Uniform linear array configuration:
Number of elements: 48
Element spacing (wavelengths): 1
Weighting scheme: hamming
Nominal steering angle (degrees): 15
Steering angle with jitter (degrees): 16.766
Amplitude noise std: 0.05
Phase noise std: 0.05

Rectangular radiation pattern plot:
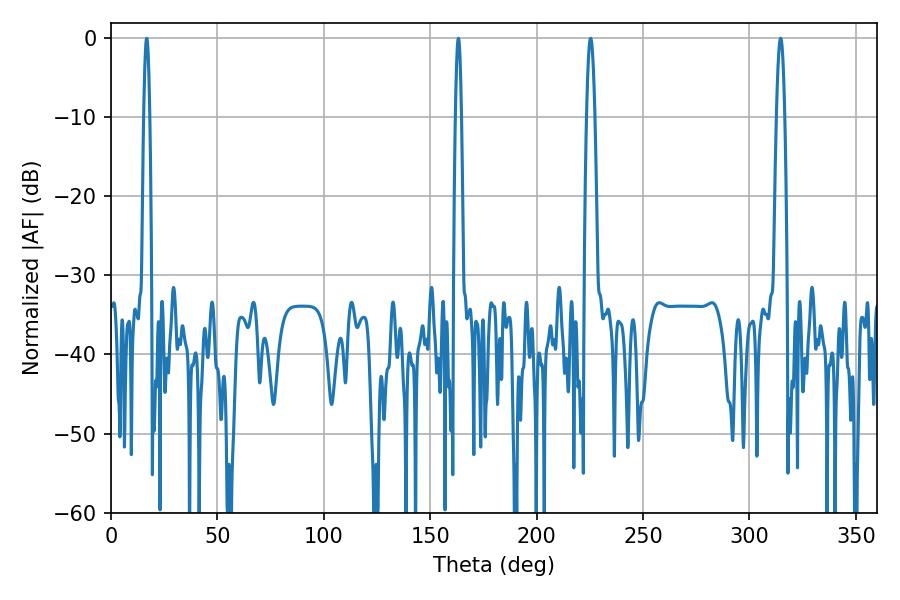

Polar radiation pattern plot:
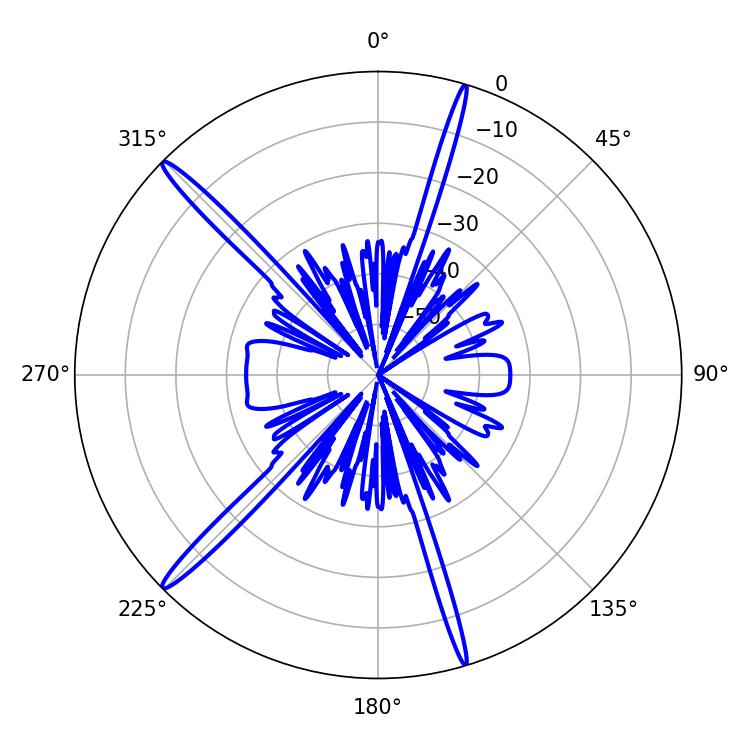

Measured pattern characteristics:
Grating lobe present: TRUE
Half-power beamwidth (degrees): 2.16
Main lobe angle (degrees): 225.36